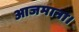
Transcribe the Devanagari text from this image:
आजमाना।